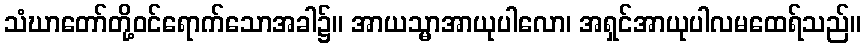
သံဃာတော်တို့ဝင်ရောက်သောအခါ၌။ အာယသ္မာအာယုပါလော၊ အရှင်အာယုပါလမထေရ်သည်။